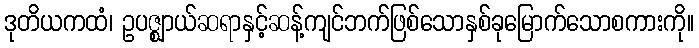
ဒုတိယကထံ၊ ဥပဇ္ဈာယ်ဆရာနှင့်ဆန့်ကျင်ဘက်ဖြစ်သောနှစ်ခုမြောက်သောစကားကို။